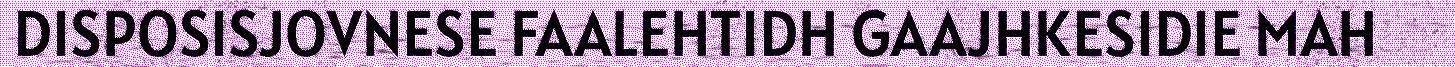
DISPOSISJOVNESE FAALEHTIDH GAAJHKESIDIE MAH